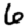
Digit: 6